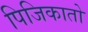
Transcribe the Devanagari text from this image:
पिजिकातो